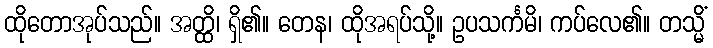
ထိုတောအုပ်သည်။ အတ္ထိ၊ ရှိ၏။ တေန၊ ထိုအရပ်သို့။ ဥပသင်္ကမိ၊ ကပ်လေ၏။ တသ္မိံ